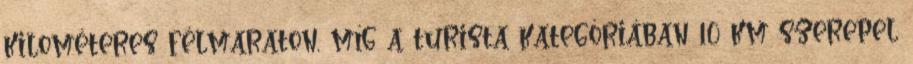
kilométeres félmaraton, míg a turista kategóriában 10 km szerepel